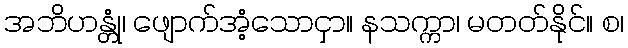
အဘိဟန္တုံ၊ ဖျောက်အံ့သောငှာ။ နသက္ကာ၊ မတတ်နိုင်။ စ၊